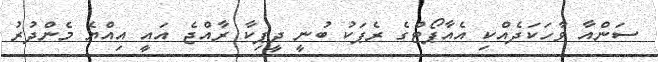
ސަންއާ ވާހަކަދެއްކި އެއާޕޯޓްގެ ރެޕަކު ބުނީ ދީޕިކާ ރާއްޖެ އައީ އިއްޔެ މެންދުރު